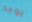
يوجد